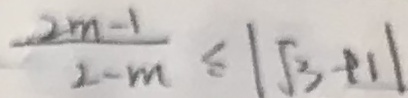
\frac { 2 m - 1 } { 2 - m } \leq \vert \sqrt { 3 } + 1 \vert